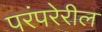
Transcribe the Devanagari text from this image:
परंपरेरील